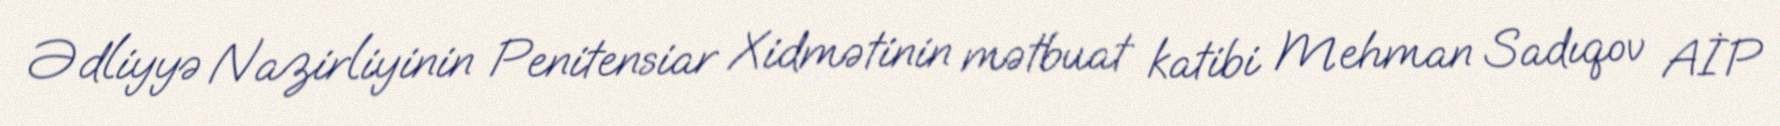
Ədliyyə Nazirliyinin Penitensiar Xidmətinin mətbuat katibi Mehman Sadıqov AİP